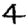
Digit: 4